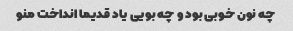
چه نون خوبی بود و چه بویی یاد قدیما انداخت منو